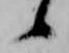
候